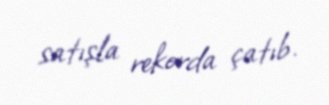
satışla rekorda çatıb.